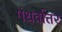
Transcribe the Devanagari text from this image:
गंधर्वोत्तर